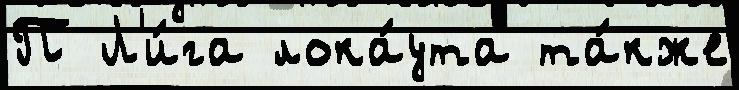
П Л'и́га лока́ута та́кже